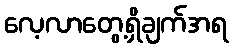
လေ့လာတွေ့ရှိချက်အရ